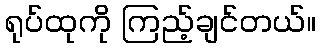
ရုပ်ထုကို ကြည့်ချင်တယ်။